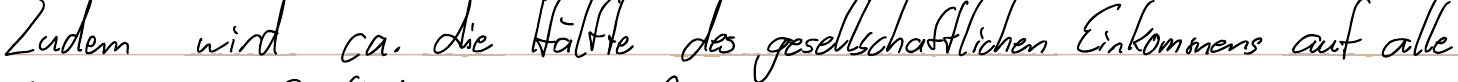
Zudem wird ca. die Hälfte des gesellschaftlichen Einkommens auf alle